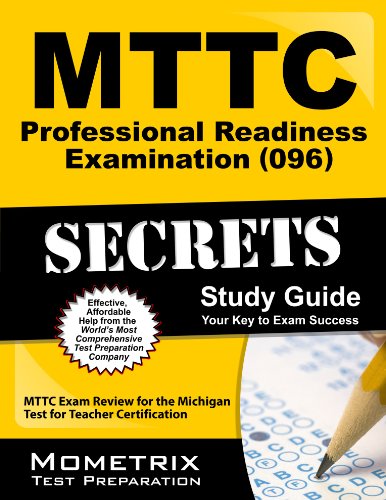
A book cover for MTTC Professional Readiness Examination (096) Secrets Study Guide: MTTC Exam Review for the Michigan Test for Teacher Certification (Secrets (Mometrix)); MTTC Exam Secrets Test Prep Team; Medical Books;